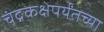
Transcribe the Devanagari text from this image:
चंद्रकक्षेपर्यंतच्या